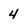
Character: 4